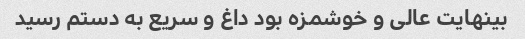
بینهایت عالی و خوشمزه بود داغ و سریع به دستم رسید